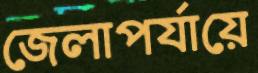
জেলাপর্যায়ে